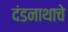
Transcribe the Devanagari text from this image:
दंडनाथाचे